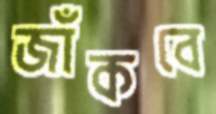
জাঁকবে